Vaccination Hyderabad 1872-1889 - 1872-1889
Year: 1872
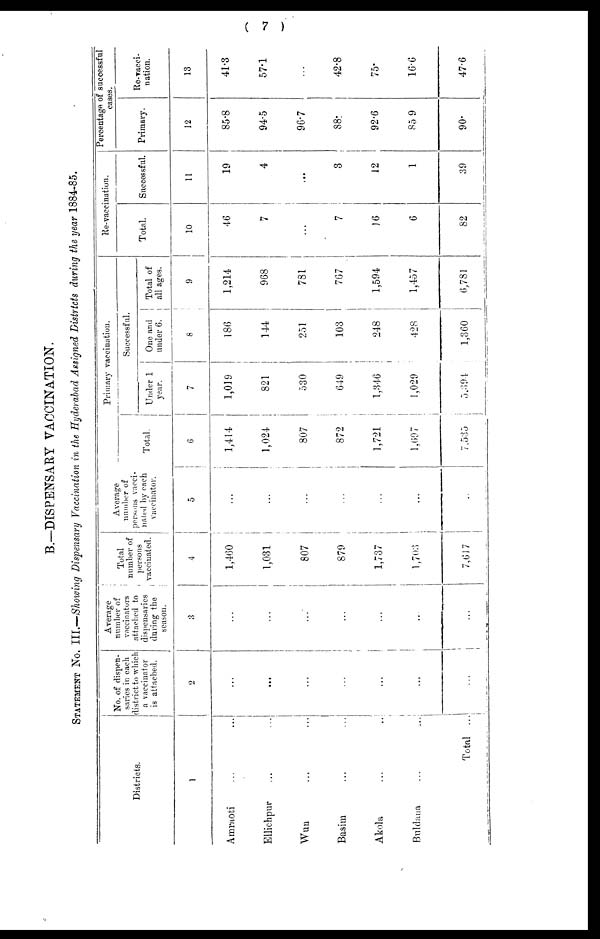
( 7 )
B.—DISPENSARY VACCINATION.
STATEMENT No. III.—Showing Dispensary Vaccination in the Hyderabad Assigned Districts during the year 1884-85.
Districts.
1
Amraoti ... ...
Ellichpur ... ...
Wun ... ...
Basim ... ...
Akola ... ...
Buldana ... ...
Total ...
No. of dispen-
saries in each
district to which
a vaccinator
is attached.
2
...
...
...
...
...
...
...
Average
number of
vaccinators
attached to
dispensaries
during the
season.
3
...
...
...
...
...
...
...
Total
number of
persons
vaccinated.
4
1,460
1,031
807
879
1,737
l,703
7,617
Average
number of
persons vacci-
nated by each
vaccinator.
5
...
...
...
...
...
...
...
Primary vaccination.
Total.
6
1,414
1,024
807
872
1,721
1,697
7,535
Successful.
Under 1
year.
7
1,019
821
530
649
1,346
1,029
5,394
One and
under 6.
8
186
144
251
103
248
428
1,360
Total of
all ages.
9
1,214
968
781
767
1,594
1,457
6,781
Re-vaccination.
Total.
10
46
7
...
7
16
6
82
Successful.
11
19
4
...
3
12
1
39
Percentage of successful
cases.
Primary.
12
85.8
94.5
96.7
88.
92.6
85.9
90.
Re-vacci-
nation.
13
41.3
57.1
...
42.8
75.
16.6
47.6